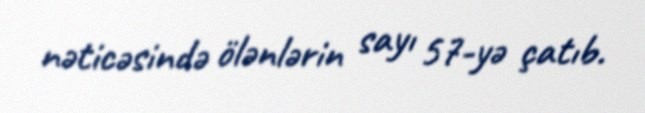
nəticəsində ölənlərin sayı 57-yə çatıb.